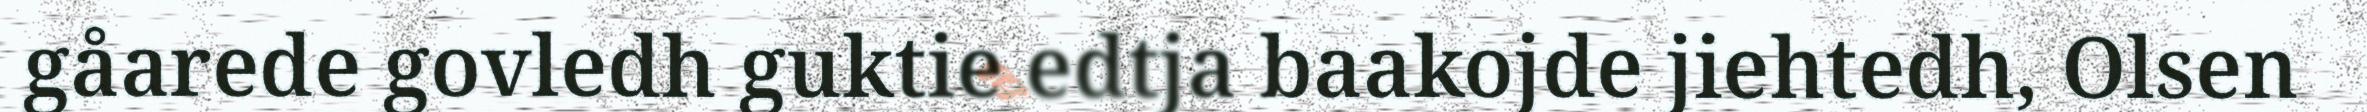
gåarede govledh guktie edtja baakojde jiehtedh, Olsen